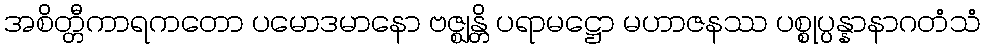
အစိတ္တီကာရကတော ပမောဒမာနော ဗဇ္ဈန္တိ ပရာမဋ္ဌော မဟာဇနဿ ပစ္စုပ္ပန္နာနာဂတံသံ